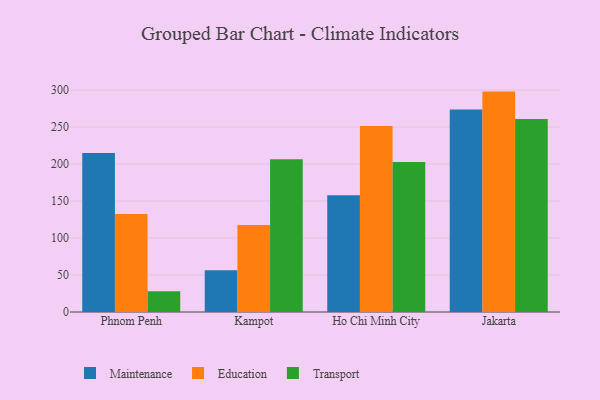
{"axis": {"x": "City", "y": "Tickets Resolved"}, "legend": ["Education", "Maintenance", "Transport"], "data": [{"x": "Phnom Penh", "y": 215.0, "type": "Maintenance"}, {"x": "Phnom Penh", "y": 132.6, "type": "Education"}, {"x": "Phnom Penh", "y": 28.2, "type": "Transport"}, {"x": "Kampot", "y": 56.4, "type": "Maintenance"}, {"x": "Kampot", "y": 117.8, "type": "Education"}, {"x": "Kampot", "y": 206.5, "type": "Transport"}, {"x": "Ho Chi Minh City", "y": 157.7, "type": "Maintenance"}, {"x": "Ho Chi Minh City", "y": 251.5, "type": "Education"}, {"x": "Ho Chi Minh City", "y": 202.7, "type": "Transport"}, {"x": "Jakarta", "y": 273.9, "type": "Maintenance"}, {"x": "Jakarta", "y": 298.0, "type": "Education"}, {"x": "Jakarta", "y": 261.1, "type": "Transport"}]}